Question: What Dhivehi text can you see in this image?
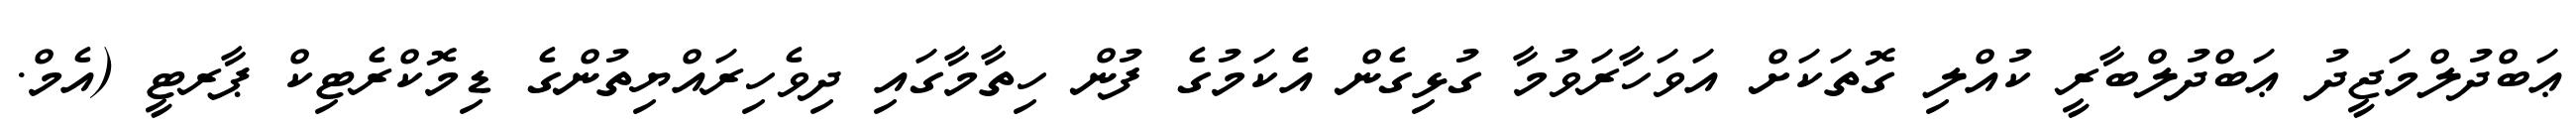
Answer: ޢަބްދުލްމަޖީދު ޢަބްދުލްބާރީ ކުއްލި ގޮތަކަށް އަވަހާރަވުމާ ގުޅިގެން އެކަމުގެ ފުން ހިތާމާގައި ދިވެހިރައްޔިތުންގެ ޑިމޮކްރެޓިކް ޕާރޓީ (އެމް.